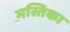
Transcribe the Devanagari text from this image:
मस्तिका